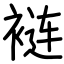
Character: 裢